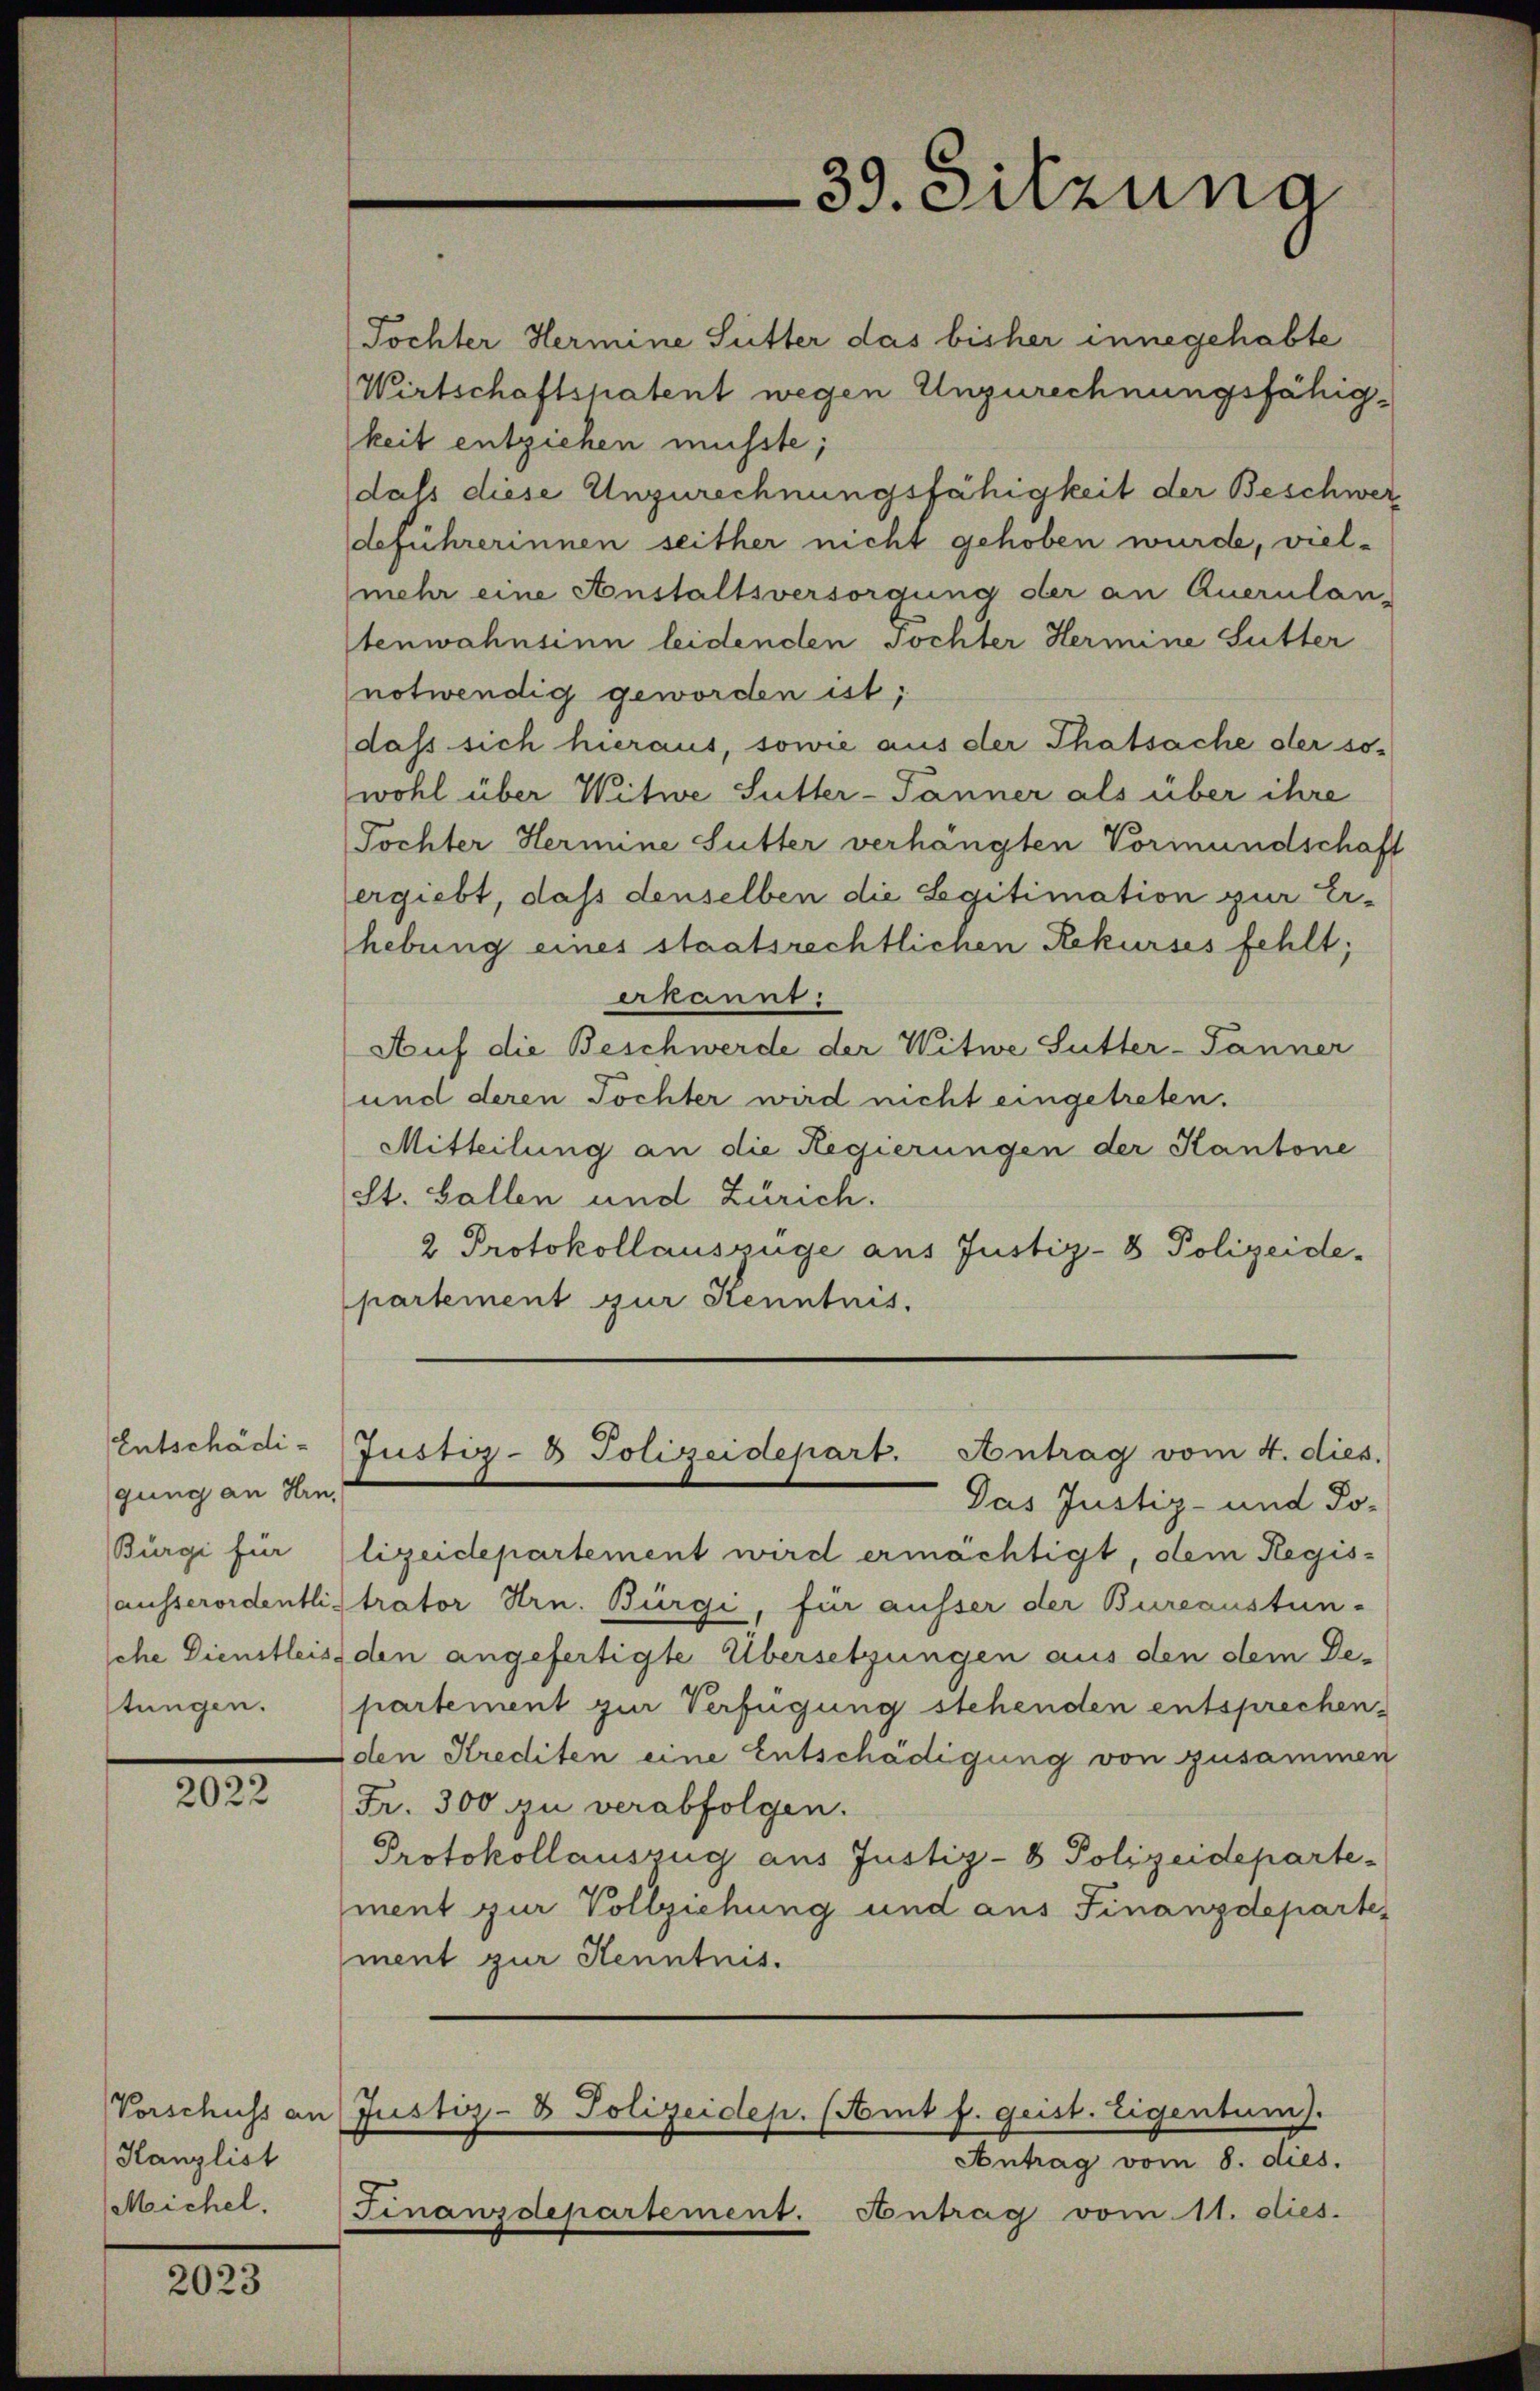
Entschädigung an Hrn.
Bürgi für
ausserordentlisehe Dienstleis
tungen.

2022

Vorschuss an
Hanzlist
Meichel.

2023

39. Sitzung

Tochter Hermine Sutter das bisher innegehabte
Wirtschaftspatent wegen Unzurechnungsfähigkeit entziehen müsste;
dass diese Unzurechnungsfähigkeit der Beschwerdeführerinnen seither nicht gehoben wurde, vielmehr eine Anstaltsversorgung der an Querulan-
tenwahnsinn leidenden Tochter Hermine Sutter
notwendig geworden ist;
dass sich hieraus, sowie aus der Thatsache der so-
wohl über Witwe Sutter-Tanner als über ihre
Tochter Hermine Sutter verhängten Vormundschaft
ergiebt, dass denselben die Legitimation zur Erhebung eines staatsrechtlichen Rekurses fehlt;
Akannt:
Auf die Beschwerde der Witwe Sutter-Tanner
und deren Tochter wird nicht eingetreten.
Mitteilung an die Regierungen der Kantone
St. Gallen und Zürich.
2 Protokollauszüge aus Justiz- & Polizeide-
partement zur Kenntnis.

Justiz- & Polizeidepart. Antrag vom 4. dies.
Das Justiz- und Jo-

lizeidepartement wird ermächtigt, dem Regis-
trator Hrn. Bürgi, für ausser der Bureaustün-
den angefertigte Übersetzungen aus den dem De-
partement zur Verfügung stehenden entsprechen-
den Krediten eine Entschädigung von zusammen
Fr. 300 zu verabfolgen.
Protokollauszug aus Justiz- & Polizeideparte-
ment zur Vollziehung und aus Finanzdeparte,
ment zur Kenntnis.
Justiz- & Polizeidep. (Amt f. geist. Eigentum).
Antrag vom 8. dies.
Finanzdepartement. Antrag vom 11. dies.